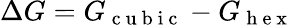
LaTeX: \mathrm\Delta G=G_{\mathrm{~c~u~b~i~c~}}-G_{\mathrm{~h~e~x~}}